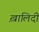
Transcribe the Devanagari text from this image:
ख़ालिदी